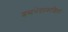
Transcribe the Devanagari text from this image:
शब्दभेदप्रकाशिका